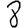
Digit: 8